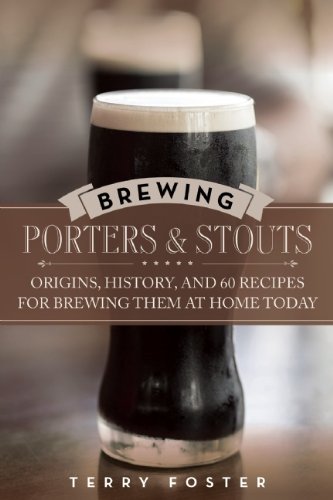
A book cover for Brewing Porters and Stouts: Origins, History, and 60 Recipes for Brewing Them at Home Today; Terry Foster; Cookbooks, Food & Wine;